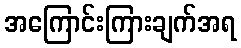
အကြောင်းကြားချက်အရ